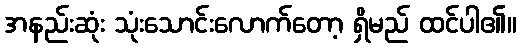
အနည်းဆုံး သုံးသောင်းလောက်တော့ ရှိမည် ထင်ပါ၏။